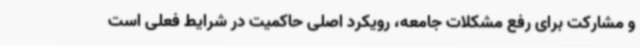
و مشارکت برای رفع مشکلات جامعه، رویکرد اصلی حاکمیت در شرایط فعلی است